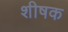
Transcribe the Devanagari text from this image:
शीषक